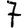
Digit: 7